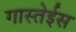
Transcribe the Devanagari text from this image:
गास्तेईस